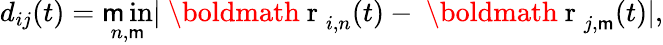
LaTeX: d_{ij}(t)=\operatorname*{\mathsf{m}in}_{n,\mathsf{m}}|{\mathrm{{~\boldmath~r~}}}_{i,n}(t)-{\mathrm{{~\boldmath~r~}}}_{j,\mathsf{m}}(t)|,